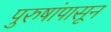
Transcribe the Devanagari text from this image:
पुरुषांपासून